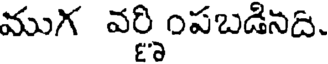
ముగ వర్ణింపబడినది.